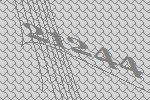
21244